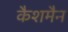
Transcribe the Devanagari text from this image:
कैशमैन